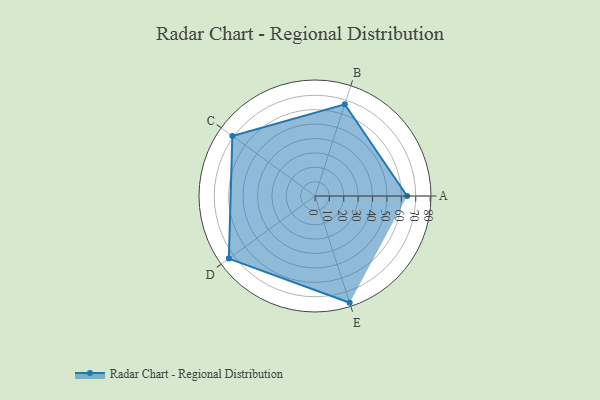
{"axis": {"x": "Skill", "y": "Score"}, "legend": ["Profile"], "data": [{"x": "A", "y": 64.0, "type": "Profile"}, {"x": "B", "y": 67.0, "type": "Profile"}, {"x": "C", "y": 71.0, "type": "Profile"}, {"x": "D", "y": 74.0, "type": "Profile"}, {"x": "E", "y": 78.0, "type": "Profile"}]}